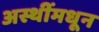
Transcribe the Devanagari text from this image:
अस्थींमधून